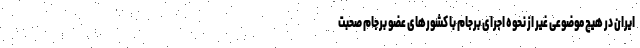
ایران در هیچ موضوعی غیر از نحوه اجرای برجام با کشورهای عضو برجام صحبت